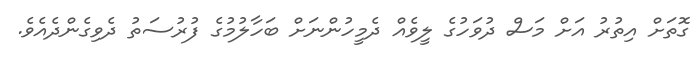
ގޮތަށް އިތުރު އަށް މަސް ދުވަހުގެ ލީވެއް ދެމީހުންނަށް ބަހާލުމުގެ ފުރުސަތު ދެވިގެންދެއެވެ.